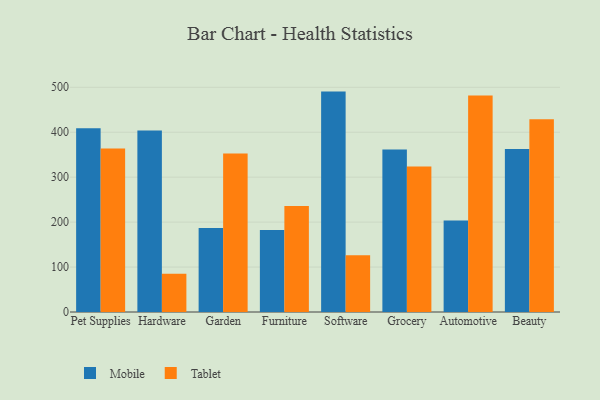
{"axis": {"x": "Category", "y": "Production Output"}, "legend": ["Mobile", "Tablet"], "data": [{"x": "Pet Supplies", "y": 409.0, "type": "Mobile"}, {"x": "Pet Supplies", "y": 364.0, "type": "Tablet"}, {"x": "Hardware", "y": 403.8, "type": "Mobile"}, {"x": "Hardware", "y": 85.0, "type": "Tablet"}, {"x": "Garden", "y": 187.1, "type": "Mobile"}, {"x": "Garden", "y": 352.8, "type": "Tablet"}, {"x": "Furniture", "y": 182.5, "type": "Mobile"}, {"x": "Furniture", "y": 235.7, "type": "Tablet"}, {"x": "Software", "y": 490.4, "type": "Mobile"}, {"x": "Software", "y": 126.0, "type": "Tablet"}, {"x": "Grocery", "y": 361.4, "type": "Mobile"}, {"x": "Grocery", "y": 323.5, "type": "Tablet"}, {"x": "Automotive", "y": 203.7, "type": "Mobile"}, {"x": "Automotive", "y": 481.8, "type": "Tablet"}, {"x": "Beauty", "y": 362.5, "type": "Mobile"}, {"x": "Beauty", "y": 428.9, "type": "Tablet"}]}